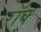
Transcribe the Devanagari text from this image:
रॉक्‍